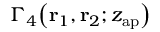
\Gamma _ { 4 } \! \left( \mathbf { r } _ { 1 } , \mathbf { r } _ { 2 } ; z _ { \mathrm { a p } } \right)